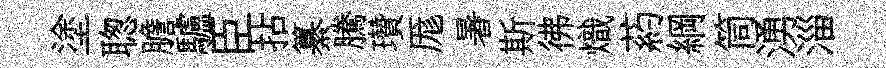
塗聦膽驢臣拈纂騰瓚厖暑斯彿熾葯綱筒湧淄